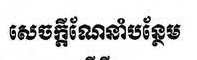
សេចក្ដីណែនាំបន្ថែម